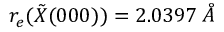
r _ { e } ( \tilde { X } ( 0 0 0 ) ) = 2 . 0 3 9 7 \: \mathring { A }